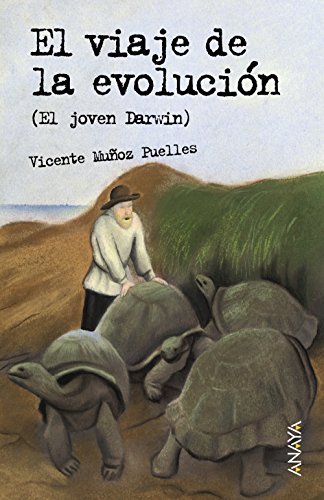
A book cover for El viaje de la evolucion/ The Journey of the Evolution: El Joven Darwin/ Young Darwin (Spanish Edition); Vicente Munoz Puelles; Teen & Young Adult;